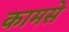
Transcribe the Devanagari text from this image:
कामसे